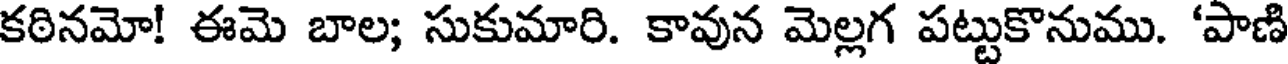
కఠినమో! ఈమె బాల; సుకుమారి. కావున మెల్లగ పట్టుకొనుము. 'పాణి